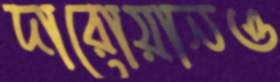
দারোয়ানও